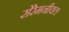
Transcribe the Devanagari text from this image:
सेरेमनीयल